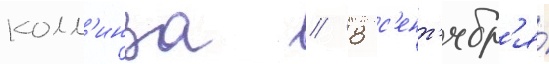
колл'инза // 8 с'ент'ябр'я́